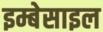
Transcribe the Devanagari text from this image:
इम्बेसाइल